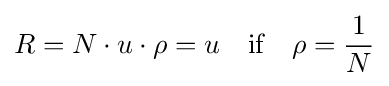
R=N\cdot u\cdot \rho =u\quad {\text{if}}\quad \rho ={\frac {1}{N}}